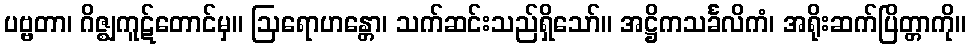
ပဗ္ဗတာ၊ ဂိဇ္ဈကူဋ်တောင်မှ။ ဩရောဟန္တော၊ သက်ဆင်းသည်ရှိသော်။ အဋ္ဌိကသင်္ခလိကံ၊ အရိုးဆက်ပြိတ္တာကို။